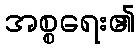
အစ္စရေး၏